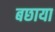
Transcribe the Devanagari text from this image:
बछाया